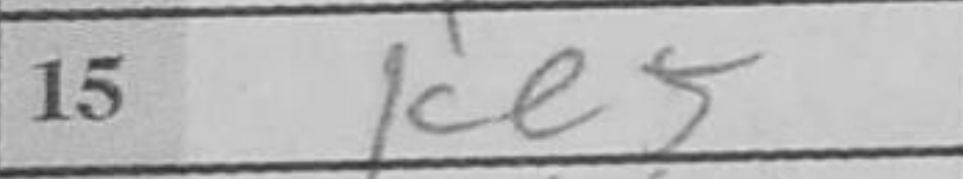
Transcription: Ke5